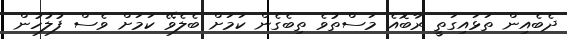
ދެބެއިން ތަޅައިގަތީ ރާބޮއެ މަސްތުވެ ތިބެގެން ކަމަށް ބެލެވޭ ކަމަށް ވެސް ފުލުހުން